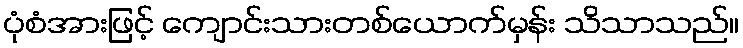
ပုံစံအားဖြင့် ကျောင်းသားတစ်ယောက်မှန်း သိသာသည်။